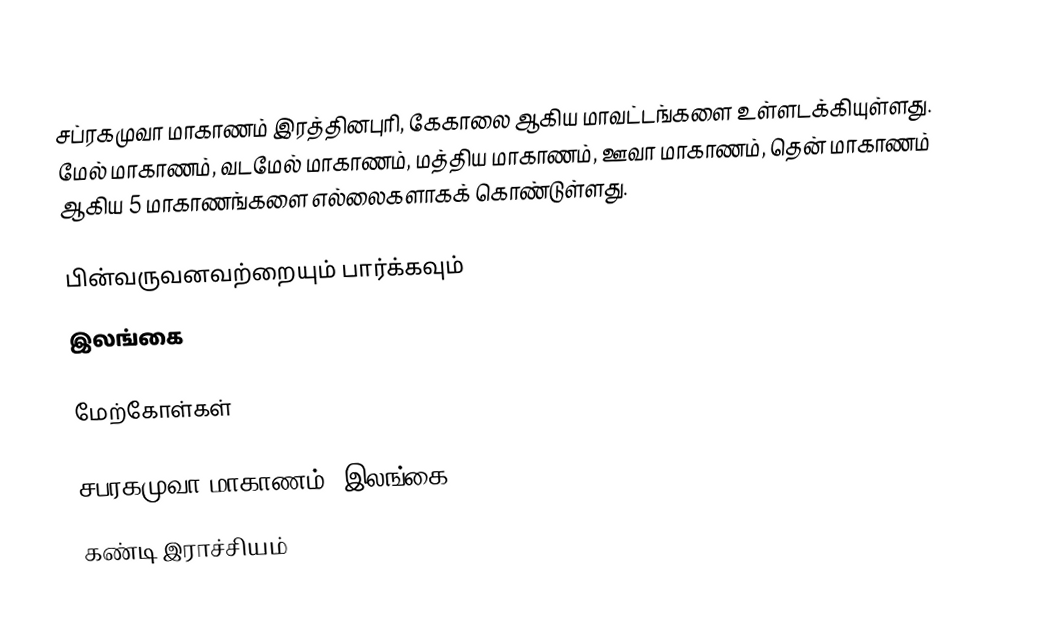
சப்ரகமுவா மாகாணம் இரத்தினபுரி, கேகாலை ஆகிய மாவட்டங்களை உள்ளடக்கியுள்ளது. மேல் மாகாணம், வடமேல் மாகாணம், மத்திய மாகாணம், ஊவா மாகாணம், தென் மாகாணம் ஆகிய 5 மாகாணங்களை எல்லைகளாகக் கொண்டுள்ளது.

பின்வருவனவற்றையும் பார்க்கவும்
 இலங்கை

மேற்கோள்கள்

சபரகமுவா மாகாணம், இலங்கை
கண்டி இராச்சியம்